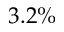
3 . 2 \%